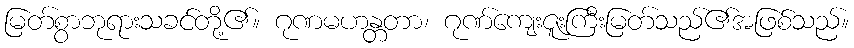
မြတ်စွာဘုရားသခင်တို့၏။ ဂုဏမဟန္တတာ၊ ဂုဏ်ကျေးဇူးကြီးမြတ်သည်၏အဖြစ်သည်။